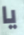
يا